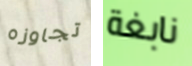
تجاوزه نابغة